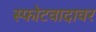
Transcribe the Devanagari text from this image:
स्फोटवादावर